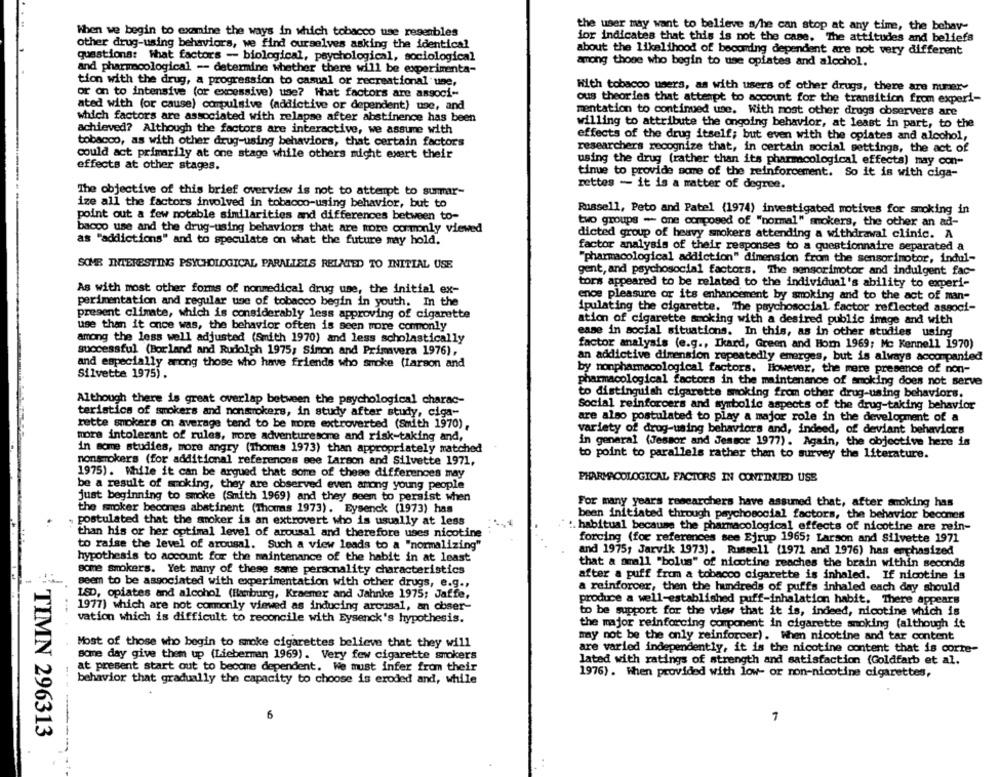
When we begin to examine the ways in which tobacco use regenbles
the user may want to believe s/he can stop at any time, the behay-
for indicates that this is not the case. The attitudes and beliefs
other drug-using behaviors, we find ourselves asking the identical
about the likelihood of becoming dependent are not very different
questions: What factors - biological, psychological, sociological
among those who begin to use oplates and alcohol.
and pharmacological -- determine whether there will be experimenta-
tion with the drug, a progression to casual or recreational une,
or on to intensive (or excessive) use? Hhat factors are associ-
With tobacco users, as with users of other drugs, there are numer-
ous theories that attempt to account for the transition from experi-
ated with (or cause) compulsive (addictive or dependent) une, and
mentation to continued use. With most other drugs observers are
which factors are associated with relapse after abstinence has been
willing to attribute the ongoing behavior, at least in part, to the
achieved? Although the factors are interactive, we assume with
effects of the drug itself; but even with the opiates and alcohol,
tobacco, as with other drug-using behaviors, that certain factors
researchers recognize that, in certain social settings, the act of
could act primarily at one stage while others might exert their
using the drug (rather than its pharmacological effects) may con-
effects at other stages.
tinue to provide some of the reinforcement. So it is with ciga-
rettes - it is a matter of degree.
The objective of this brief overview is not to attempt to summar-
ize all the factors involved in tobacco-using behavior, but to
Russell, Peto and Patel (1974) investigated motives for smoking in
point out a few notable similarities and differences between to-
two groups - one composed of "normal" smokers, the other an ad-
bacco use and the drug-using behaviors that are more commonly viewed
dicted group of heavy smokers attending a withdrawal clinic. A
as "addictions" and to speculate on what the future may hold.
factor analysis of their responses to a questionnaire separated a
SOME INTERESTING PSYCHOLOGICAL PARALLELS RELATED TO INITIAL USE
"pharmacological addiction" dimension from the sensorimotor, indul-
gent, and psychosocial factors. The sensorimotor and indulgent fac-
tors appeared to be related to the individual's ability to experi-
As with most other forms of nonmedical drug use, the initial ex-
ence pleasure or its enhancement by smoking and to the act of man-
perimentation and regular use of tobacco begin in youth. In the
ipulating the cigarette. The psychosocial factor reflected associ-
present climate, which is considerably less approving of cigarette
use than it once was, the behavior often is seen more commonly
ation of cigarette smoking with a desired public image and with
ease in social situations. In this, as in other studies using
among the less well adjusted (Smith 1970) and less scholastically
successful (Borland and Rudolph 1975; Simon and Primavera 1976),
factor analysis (e.g ., Ikard, Green and Hom 1969; Mc Kennell 1970)
an addictive dimension repeatedly emerges, but is always accompanied
and especially among those who have friends who smoke (Larson and
Silvette 1975).
by nonpharmacological factors. However, the mere presence of non-
pharmacological factors in the maintenance of smoking does not serve
to distinguish cigarette moking from other drug-using behaviors.
Although there is great overlap between the psychological charac-
Social reinforcers and symbolic aspects of the drug-taking behavior
teristics of smokers and nonsmokers, in study after study, ciga-
are also postulated to play a major role in the development of a
rette smokers on average tend to be more extroverted (South 1970).
variety of drug-using behaviors and, indeed, of deviant behaviors
more intolerant of rules, more adventuresome and risk-taking and,
in general (Jesmor and Jessor 1977). Again, the objective here is
in some studies, more angry (Thomas 1973) than appropriately matched
to point to parallels rather than to survey the literature.
nonsmokers (for additional references eee Larson and Silvette 1971,
1975). While it can be argued that some of these differences may
PHARMACOLOGICAL FACTORS IN CONTINUED USE
be a result of smoking, they are observed even among young people
just beginning to smoke (Smith 1969) and they seem to persist when
For many years researchers have assumed that, after smoking has
the moker becomes abstinent (Thomas 1973). Eysenck (1973) has
been initiated through psychosocial factors, the behavior becomes
postulated that the smoker is an extrovert who is usually at less
:. habitual because the pharmacological effects of nicotine are rein-
than his or her optimal level of arousal and therefore uses nicotine
to raise the level of arousal. Such a view leads to a "normalizing"
forcing (for references see Ejrup 1965; Larson and Silvette 1971
and 1975; Jarvik 1973). Russell (1971 and 1976) has emphasized
hypothesis to account for the maintenance of the habit in at least
that a small "bolus" of nicotine reaches the brain within seconds
some Smokers. Yet many of these same personality characteristics
after a puff from a tobacco cigarette is inhaled. If nicotine is
seem to be associated with experimentation with other drugs, e.g .,
a reinforcer, then the hundreds of puffs inhaled each day should
ISD, opiates and alcohol (Hamburg, Kraemer and Jahnke 1975; Jaffe,
1977) which are not commonly viewed as inducing arcusal, an obser-
produce a well-established puff-inhalation habit, There appears
to be support for the view that it is, indeed, nicotine which is
vation which is difficult to reconcile with Eysenck's hypothesis.
the major reinforcing component in cigarette smoking (although it
may not be the only reinforcer). When nicotine and tar content
Most of those who begin to smoke cigarettes believe that they will
are varied independently, it is the nicotine content that is corte-
some day give them up (Lieberman 1969). Very few cigarette smokers
lated with ratings of strength and satisfaction (Goldfarb et al.
at present start out to become dependent. We must infer from their
1976). When provided with low- or non-nicotine cigarettes,
behavior that gradually the capacity to choose is eroded and, while
6
7
TIMN 296313